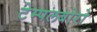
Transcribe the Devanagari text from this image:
टेम्पलबोरो